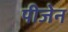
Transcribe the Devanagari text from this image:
पीजेन